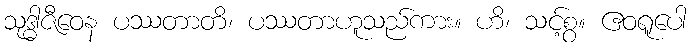
သုဒ္ဓါဇီဝေန ပဿတာတိ၊ ပဿတာဟူသည်ကား။ ဟိ၊ သင့်စွ။ ဧဝရူပေါ